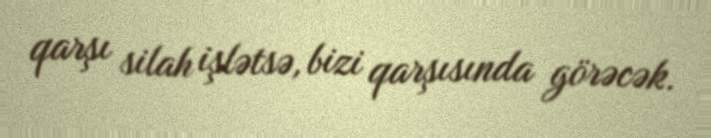
qarşı silah işlətsə, bizi qarşısında görəcək.